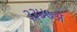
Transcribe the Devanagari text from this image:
३३४७अ